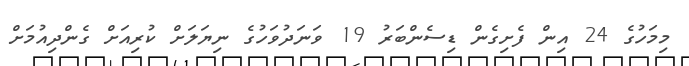
މިމަހުގެ 24 އިން ފެށިގެން ޑިސެންބަރު 19 ވަނަދުވަހުގެ ނިޔަލަށް ކުރިއަށް ގެންދިއުމަށް